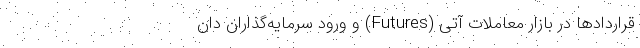
قراردادها در بازار معاملات آتی (Futures) و ورود سرمایه‌گذاران دان